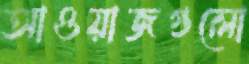
আওয়াজগুলো